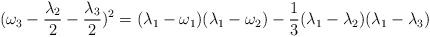
LaTeX: \begin{align*} (\omega_3-\frac{\lambda_2}{2}-\frac{\lambda_3}{2})^2 =(\lambda_1-\omega_1)(\lambda_1-\omega_2) -\frac{1}{3}(\lambda_1-\lambda_2)(\lambda_1-\lambda_3) \end{align*}